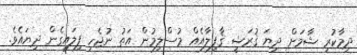
ދިމާކުރި ޝާމަށް ދިޔަ ޤުރަޝީ ޤާފިލާއެއް މުސްލިމުން އަތު ނުޖެހި ފިލައިގެން ދިޔައެވެ.